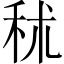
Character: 秫